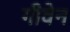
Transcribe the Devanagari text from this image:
गीवेन